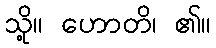
သို့။ ဟောတိ၊ ၏။